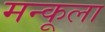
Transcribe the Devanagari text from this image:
मन्कूला